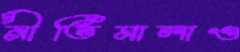
নীতিমালাও